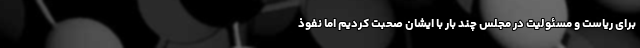
برای ریاست و مسئولیت در مجلس چند بار با ایشان صحبت کردیم اما نفوذ